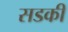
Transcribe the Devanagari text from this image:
सडकी